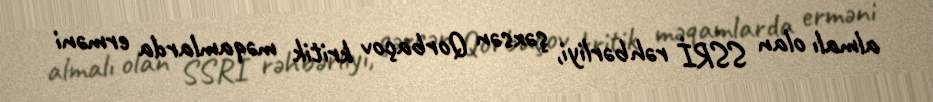
almalı olan SSRİ rəhbərliyi, şəxsən Qorbaçov kritik məqamlarda erməni